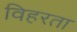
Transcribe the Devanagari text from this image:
विहरता